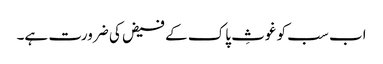
اب سب کو غوثِ پاک کے فیض کی ضرورت ہے۔